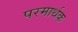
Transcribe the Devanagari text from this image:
परमार्थक